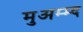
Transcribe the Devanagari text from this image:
मुअम्म्द